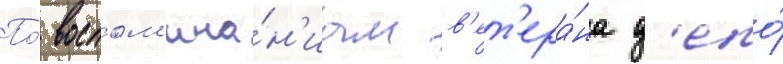
По́ воспом'ина́н'иам в'ет'ера́на д'епо́